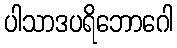
ပါသာဒပရိဘောဂေါ